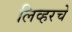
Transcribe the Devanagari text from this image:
लिव्हरचे